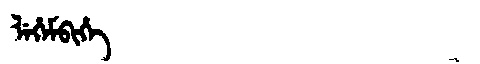
Manchu: ᠯᡝᡥᡝᠮᠪᡳᡥᡝ
Romanization: LEHEMBIHE